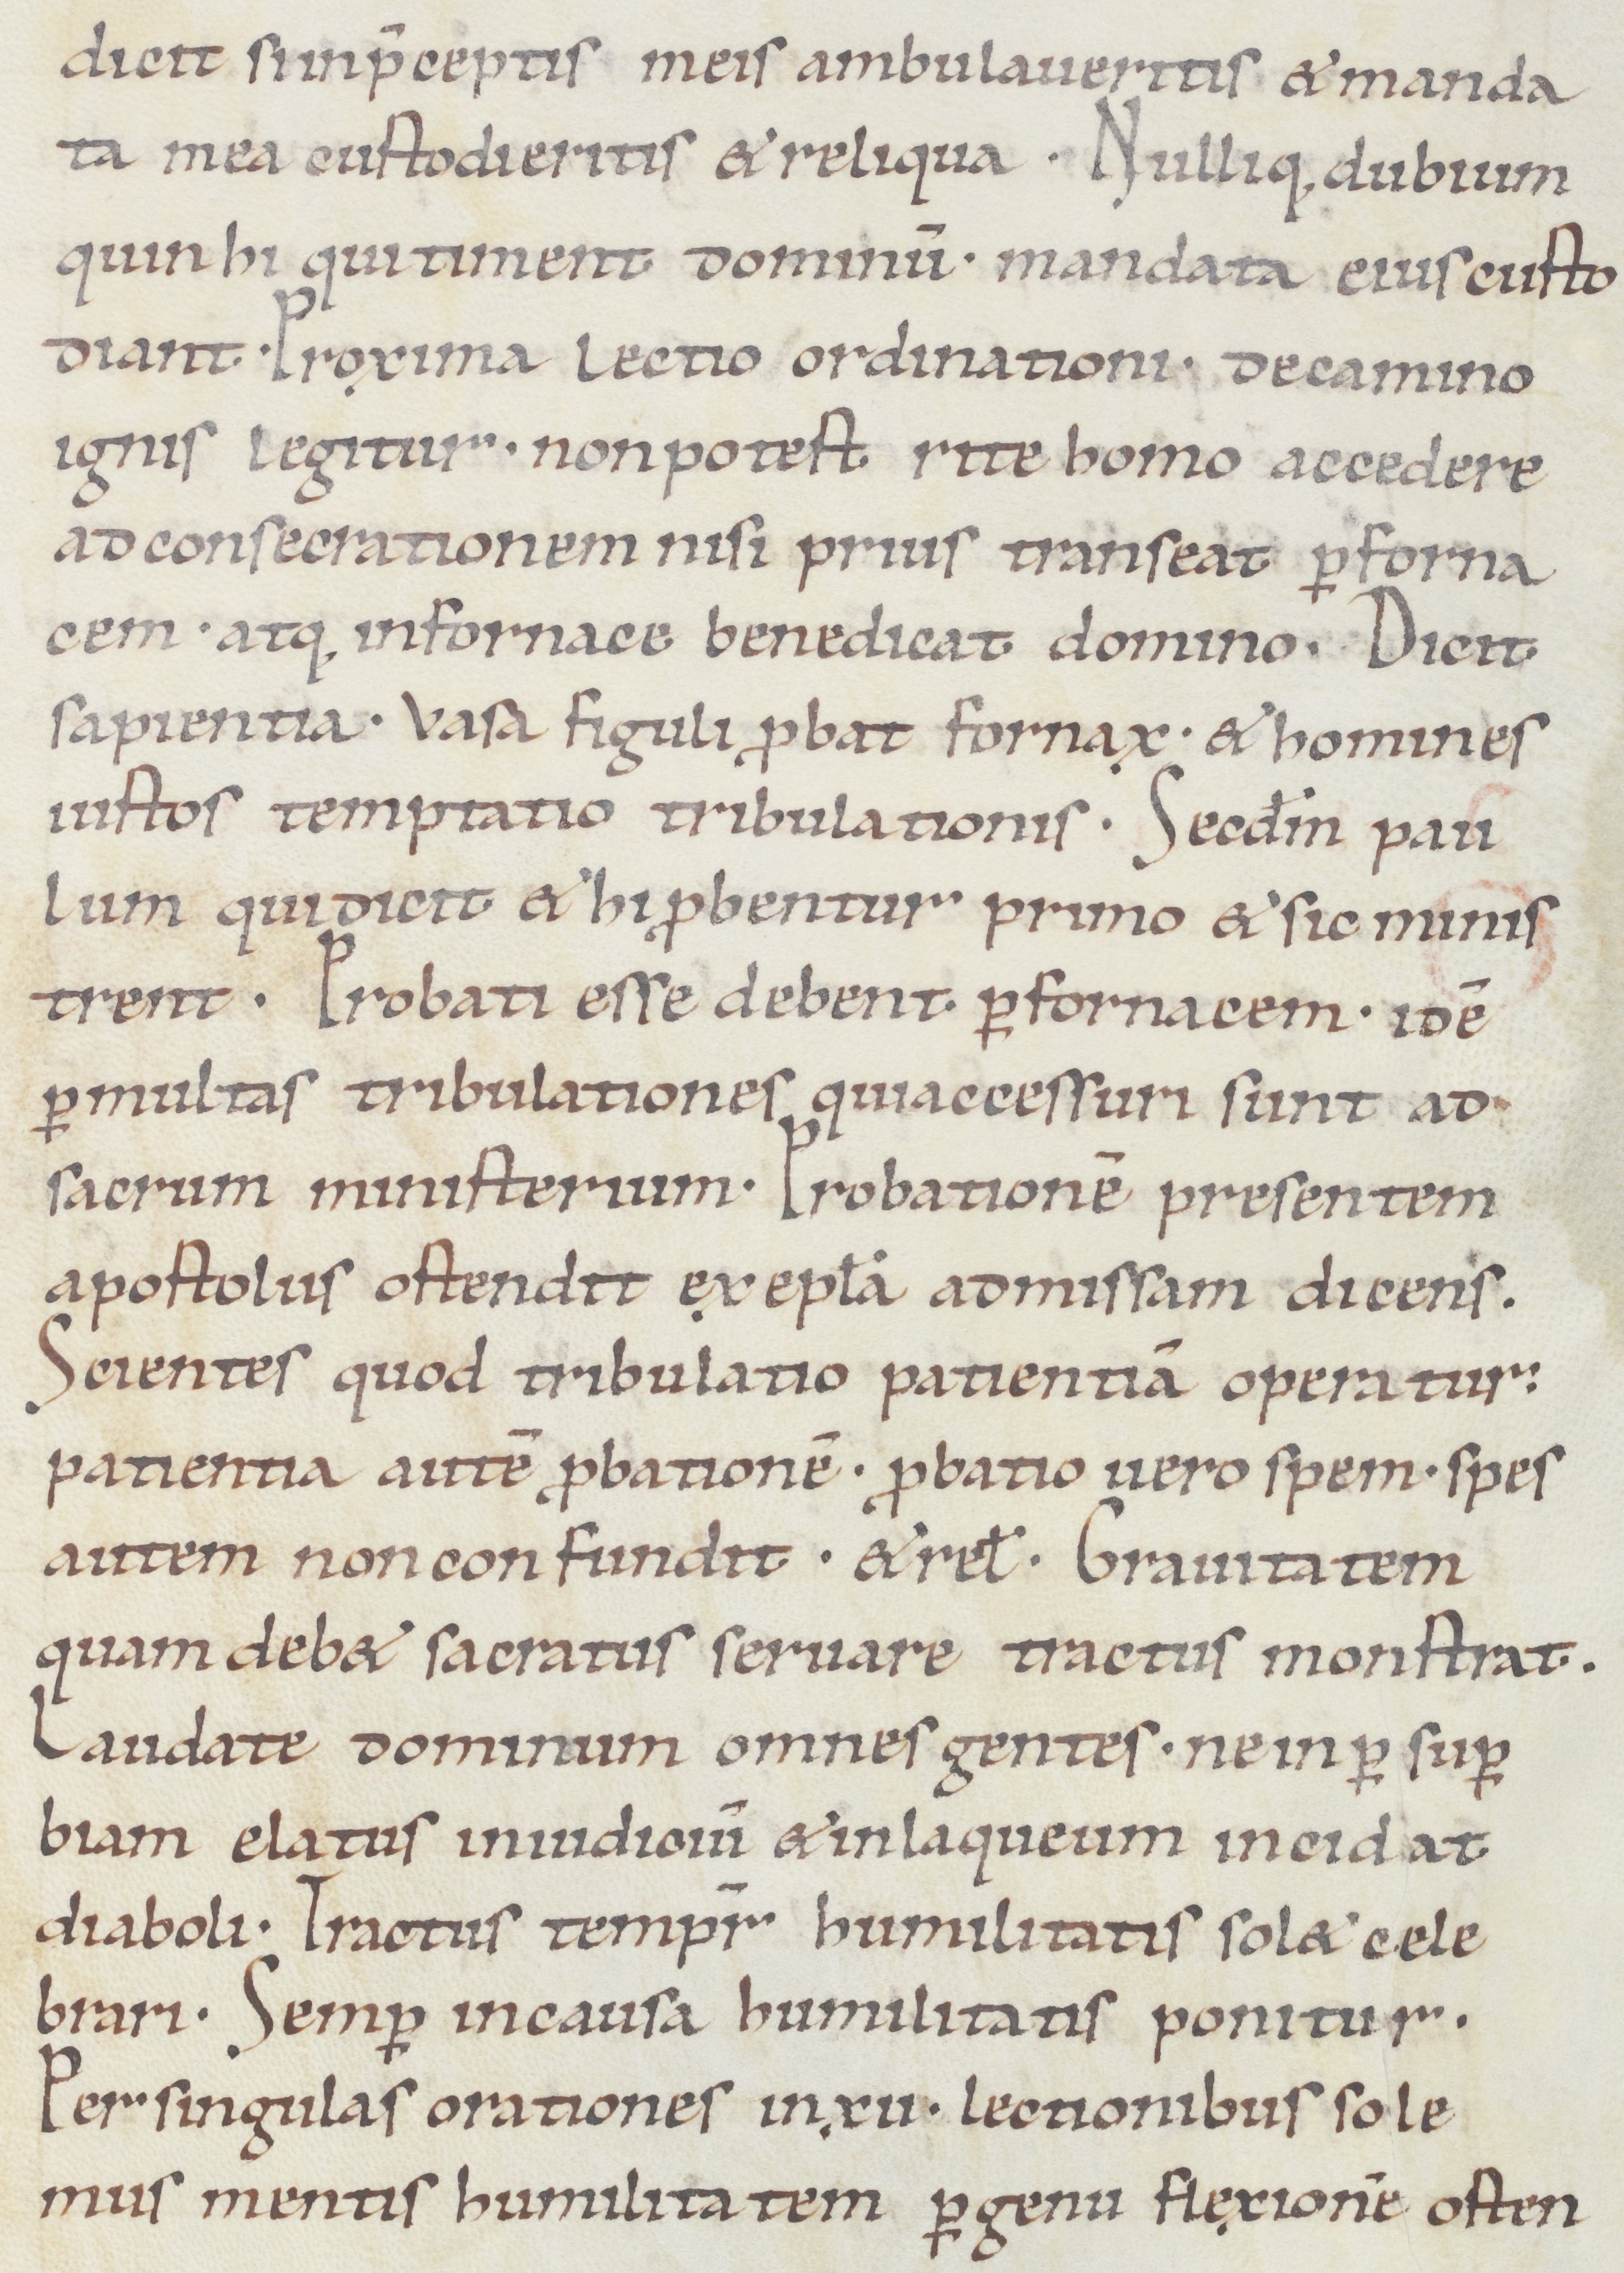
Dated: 1050–1099